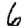
Digit: 6